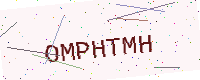
Text: OMPHTMH